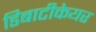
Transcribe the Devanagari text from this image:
डिबाटीकेयर